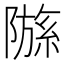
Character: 𫕗